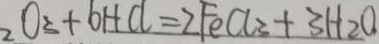
2 O _ { 3 } + 6 H C l = 2 F e C l _ { 3 } + 3 H _ { 2 } O